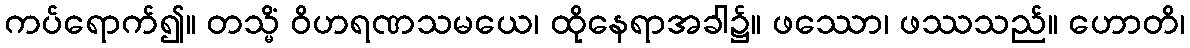
ကပ်ရောက်၍။ တသ္မိံ ဝိဟရဏသမယေ၊ ထိုနေရာအခါ၌။ ဖဿော၊ ဖဿသည်။ ဟောတိ၊